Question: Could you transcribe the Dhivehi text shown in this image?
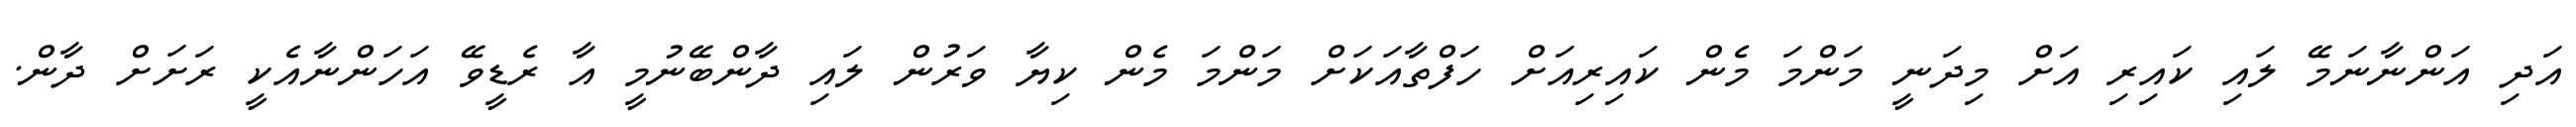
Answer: އަދި އަންނާނަމޭ ލައި ކައިރި އަށް މިދަނީ މަންމަ މެން ކައިރިއަށް ހަފްތާއަކަށް މަންމަ މެން ކިޔާ ވަރުން ލައި ދާންބޭނުމީ އާ ރެޑީވޭ އަހަންނާއެކީ ރަށަށް ދާން.